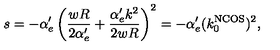
s = - \alpha _ { e } ^ { \prime } \left( \frac { w R } { 2 \alpha _ { e } ^ { \prime } } + \frac { \alpha _ { e } ^ { \prime } k ^ { 2 } } { 2 w R } \right) ^ { 2 } = - \alpha _ { e } ^ { \prime } ( k _ { 0 } ^ { \mathrm { N C O S } } ) ^ { 2 } ,